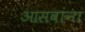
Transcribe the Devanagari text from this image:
आसवांना